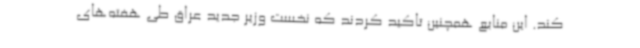
کند. این منابع همچنین تاکید کردند که نخست وزیر جدید عراق طی هفته‌های